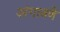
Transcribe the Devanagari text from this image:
अंगात्रणे